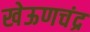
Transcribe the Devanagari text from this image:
खेऊणचंद्र